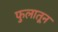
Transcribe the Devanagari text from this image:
फुलातून